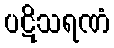
ပဋိသရဏံ